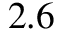
2 . 6